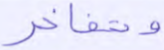
وتفاخر